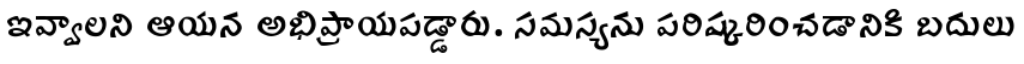
ఇవ్వాలని ఆయన అభిప్రాయపడ్డారు. సమస్యను పరిష్కరించడానికి బదులు